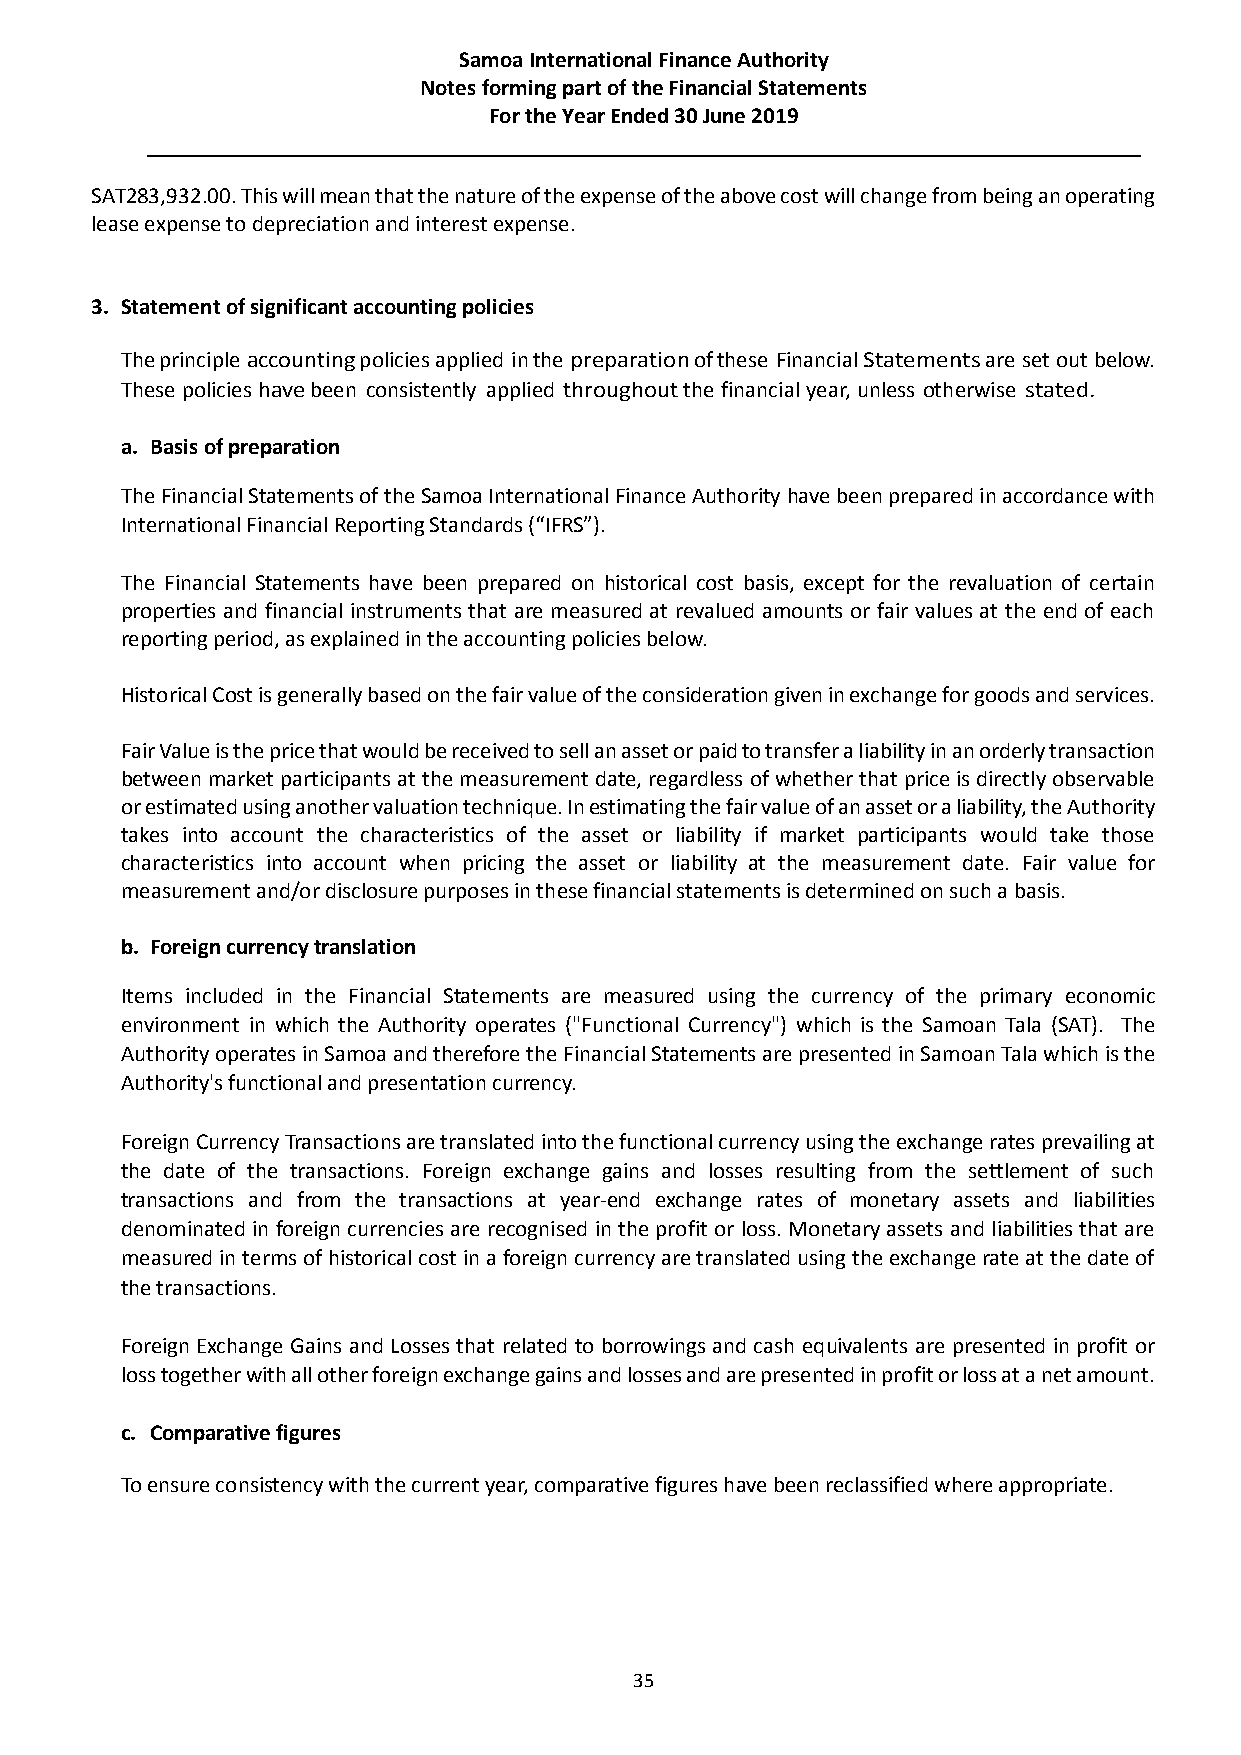
Samoa International Finance Authority
 Notes forming part of the Financial Statements
 For the Year Ended 30 June 2019
 SAT283,932.00. This will mean that the nature of the expense of the above cost will change from being an operating
 lease expense to depreciation and interest expense.
 3. Statement of significant accounting policies
 The principle accounting policies applied in the preparation of these Financial Statements are set out below.
 These policies have been consistently applied throughout the financial year, unless otherwise stated.
 a. Basis of preparation
 The Financial Statements of the Samoa International Finance Authority have been prepared in accordance with
 International Financial Reporting Standards (“IFRS”).
 The Financial Statements have been prepared on historical cost basis, except for the revaluation of certain
 properties and financial instruments that are measured at revalued amounts or fair values at the end of each
 reporting period, as explained in the accounting policies below.
 Historical Cost is generally based on the fair value of the consideration given in exchange for goods and services.
 Fair Value is the price that would be received to sell an asset or paid to transfer a liability in an orderly transaction
 between market participants at the measurement date, regardless of whether that price is directly observable
 or estimated using another valuation technique. In estimating the fair value of an asset or a liability, the Authority
 takes into account the characteristics of the asset or liability if market participants would take those
 characteristics into account when pricing the asset or liability at the measurement date. Fair value for
 measurement and/or disclosure purposes in these financial statements is determined on such a basis.
 b. Foreign currency translation
 Items included in the Financial Statements are measured using the currency of the primary economic
 environment in which the Authority operates ("Functional Currency") which is the Samoan Tala (SAT). The
 Authority operates in Samoa and therefore the Financial Statements are presented in Samoan Tala which is the
 Authority's functional and presentation currency.
 Foreign Currency Transactions are translated into the functional currency using the exchange rates prevailing at
 the date of the transactions. Foreign exchange gains and losses resulting from the settlement of such
 transactions and from the transactions at year-end exchange rates of monetary assets and liabilities
 denominated in foreign currencies are recognised in the profit or loss. Monetary assets and liabilities that are
 measured in terms of historical cost in a foreign currency are translated using the exchange rate at the date of
 the transactions.
 Foreign Exchange Gains and Losses that related to borrowings and cash equivalents are presented in profit or
 loss together with all other foreign exchange gains and losses and are presented in profit or loss at a net amount.
 c. Comparative figures
 To ensure consistency with the current year, comparative figures have been reclassified where appropriate.
 35